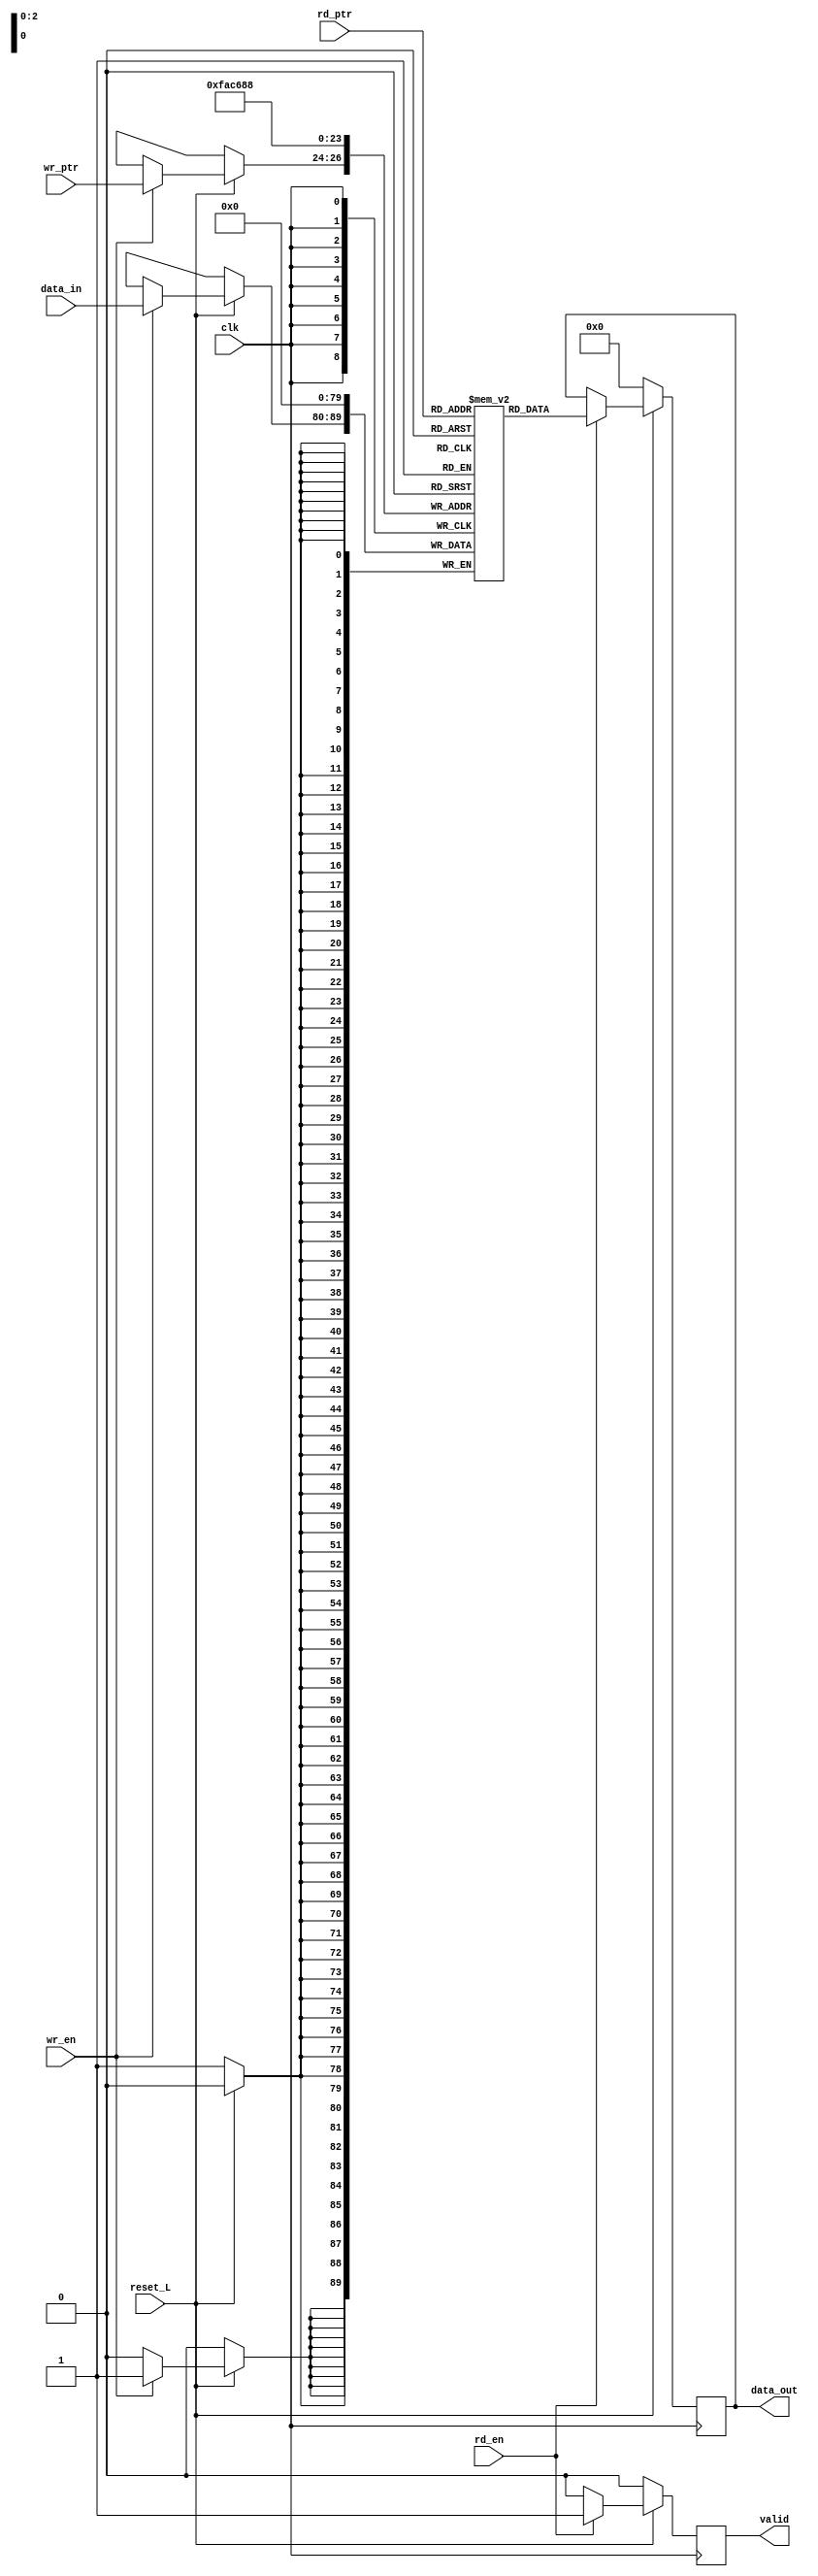
module memoria #(
	parameter MEM_DEPTH = 8,
	parameter WORD_SIZE = 10,
	parameter PTR_SIZE = $clog2(MEM_DEPTH) // $clog2() calcular el logaritmo en base 2
)(input clk,
	input wr_en,
	input rd_en,
	input reset_L,
	input [WORD_SIZE-1:0] data_in,
	input [PTR_SIZE-1:0] wr_ptr, 
	input [PTR_SIZE-1:0] rd_ptr,
	output reg [WORD_SIZE-1:0] data_out,
	output reg valid);

   // wr_en y rd_en permiten escritura y lectura respectivamente
   // wr_ptr y rd_ptr brindan las direcciones para lecura y escritura en la memoria

   // Memoria de 10 bits de ancho y 8 de profundidad
   reg [WORD_SIZE-1:0] mem [MEM_DEPTH-1:0];
   integer i;

   always @(posedge clk)
     begin
	if(!reset_L) //El reset en bajo limpia la memoria
	  begin
	    for (i=0; i<MEM_DEPTH; i = i+1)
			mem[i] <= 0;
	    	data_out <= 0;
			valid <= 0;
		end
	else
	  begin //Lgica de lectura y escritura de la memoria
	     if(wr_en)
	       mem[wr_ptr] <= data_in;
	     if(rd_en) begin
			data_out <= mem[rd_ptr]; 
			valid <= 1;
		 end
		 else 
		 	valid <= 0;
	  end // else: !if(!reset_L)
	end // always @ (posedge clk)
endmodule // memoria